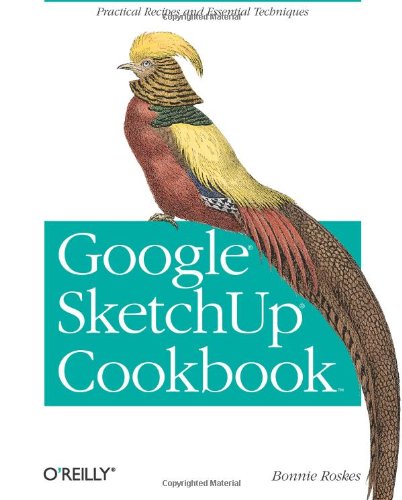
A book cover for Google SketchUp Cookbook: Practical Recipes and Essential Techniques; Bonnie Roskes; Computers & Technology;